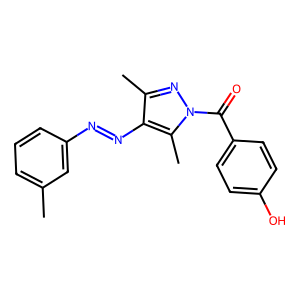
SMILES: Cc1cccc(N=Nc2c(C)nn(C(=O)c3ccc(O)cc3)c2C)c1
Inhibits HIV replication: No